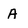
Character: A